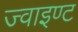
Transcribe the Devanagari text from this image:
ज्वाइण्ट